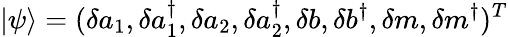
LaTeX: |\psi\rangle=(\delta a_{1},\delta a_{1}^{\dagger},\delta a_{2},\delta a_{2}^{\dagger},\delta b,\delta b^{\dagger},\delta m,\delta m^{\dagger})^{T}